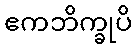
ဧကဘိက္ခုပိ